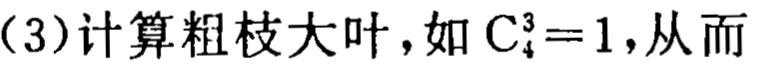
（3）计算粗枝大叶，如 \(C_{4}^{3}=1\)，从而